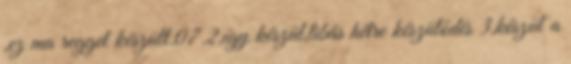
,ez ma reggel készült.07.2,így készül,libás hétre készülődés 3,készül a